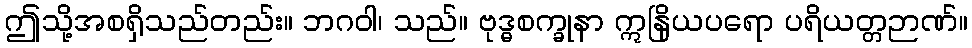
ဤသို့အစရှိသည်တည်း။ ဘဂဝါ၊ သည်။ ဗုဒ္ဓစက္ခုနာ ဣနြိယပရော ပရိယတ္တဉာဏ်။